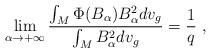
LaTeX: \begin{align*}\lim_{\alpha\to+\infty}\frac{\int_M\Phi(B_\alpha)B_\alpha^2dv_g}{\int_MB_\alpha^2dv_g} = \frac{1}{q}~, \end{align*}